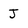
Character: J